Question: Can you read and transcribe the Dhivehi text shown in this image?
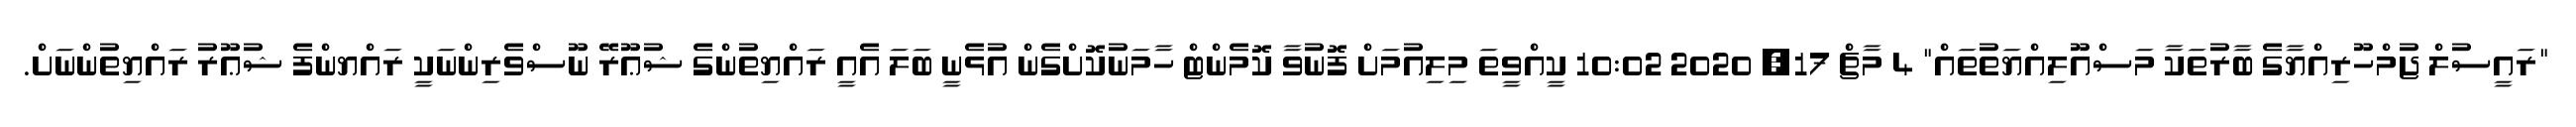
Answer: "ރައީސުލް ޖުމްހޫރިއްޔާގެ ބާރުތަކާ މަސްއޫލިއްޔަތުތައް" 4 މާޗް 17, 2020 10:02 ކީއްވީތަ މިލިއުމަށް ފޮނުވާ ކޮމެންޓް ހާމަނުކޮށްގެން އުޅެނީ ބަލަ އެއީ ރައްޔިތުންގެ ޝުޢޫރޭ ނޫސްވެރިންނަކީ ރައްޔންފެ ޝުޢޫރު ރައްޔިތުންނަށް.